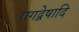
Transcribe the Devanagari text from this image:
रागद्वेषादि